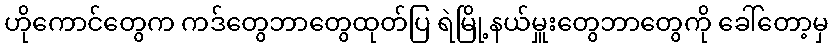
ဟိုကောင်တွေက ကဒ်တွေဘာတွေထုတ်ပြ ရဲမြို့နယ်မှူးတွေဘာတွေကို ခေါ်တော့မှ